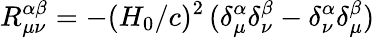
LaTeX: R_{\mu\nu}^{\alpha\beta}=-(H_{0}/c)^{2}\, (\delta_{\mu}^{\alpha}\delta_{\nu}^{\beta}-\delta_{\nu}^{\alpha}\delta_{\mu}^{\beta})